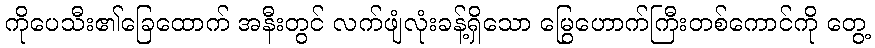
ကိုပေသီး၏ခြေထောက် အနီးတွင် လက်ဖျံလုံးခန့်ရှိသော မြွေဟောက်ကြီးတစ်ကောင်ကို တွေ့